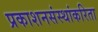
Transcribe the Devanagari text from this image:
प्रकाशनसंस्थांकरिता